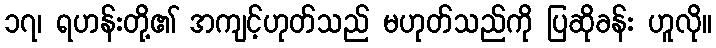
၁၇၊ ရဟန်းတို့၏ အကျင့်ဟုတ်သည် မဟုတ်သည်ကို ပြဆိုခန်း ဟူလို။